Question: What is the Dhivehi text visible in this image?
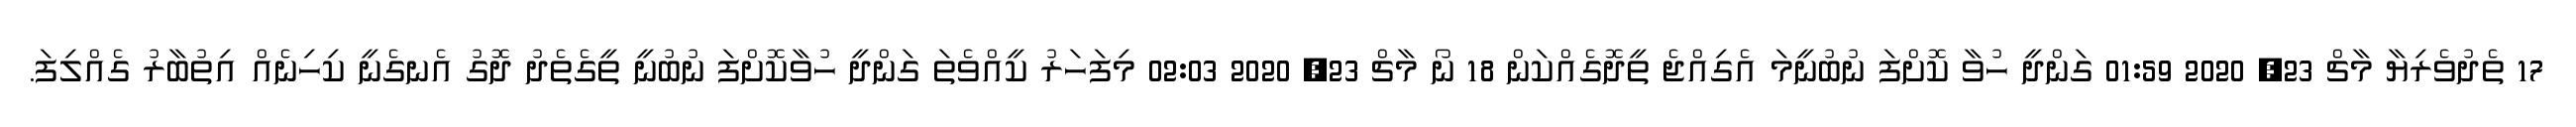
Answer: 17 ތެދުވެރިޔާ މާޗް 23, 2020 01:59 ގަންދީ ހުވާ ކޮށްފަ ނުބުނީމަ އެގިއްޖެ ތީދޮގެއްކަން 18 ނޯ މާޗް 23, 2020 02:03 މިފަހަރު ކީއްވެތަ ގަންދީ ހުވާކޮށްފަ ނުބުނީ ތީގެތެދު ދޮގު އެނގެނީ ކިހިނެއް އިތުބާރު ގެއްލިފަ.